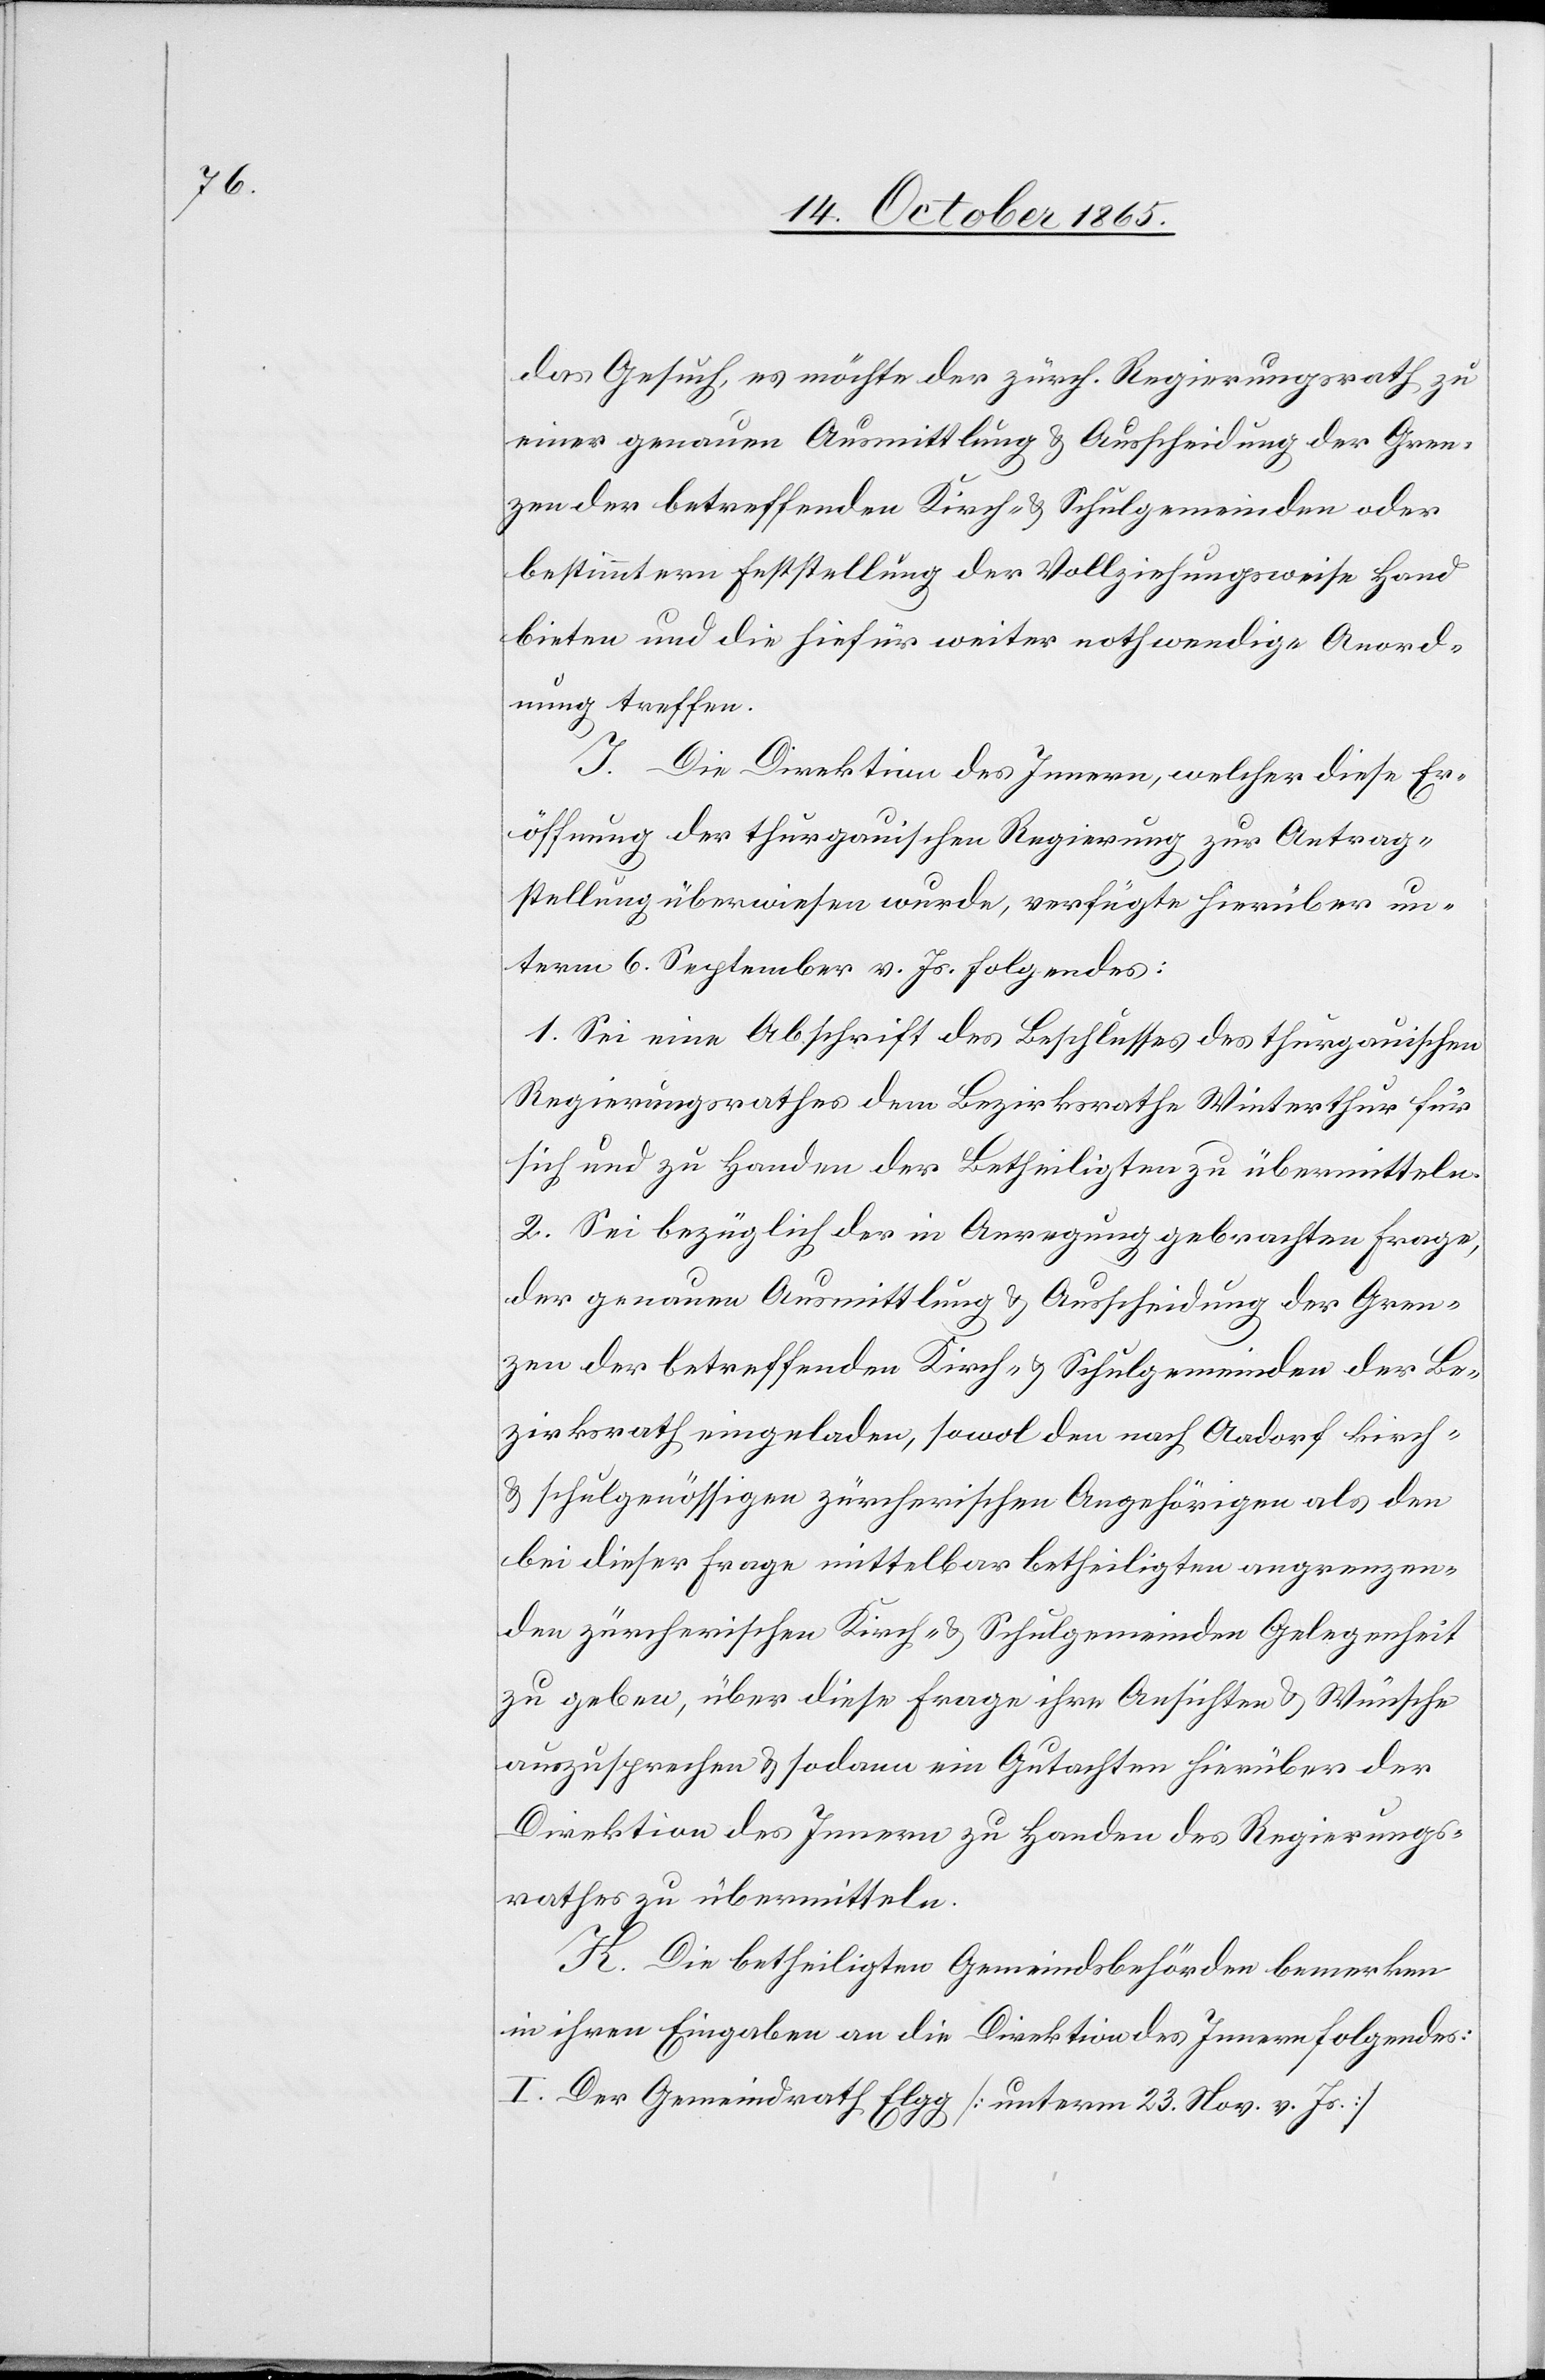
das Gesuch, es möchte der zürch. Regierungsrath zu
einer genauen Ausmittlung & Ausscheidung der Gren¬
zen der betreffenden Kirch- & Schulgemeinden oder
bestimmtern Feststellung der Vollziehungsweise Hand
bieten und die hiefür weiter nothwendige Anord¬
nung treffen.
I. Die Direktion des Innern, welcher diese Er¬
öffnung der thurgauischen Regierung zur Antrag¬
stellung überwiesen wurde, verfügte hierüber un¬
term 6. September v. Js. Folgendes:
1. Sei eine Abschrift des Beschlusses des thurgauischen
Regierungsrathes dem Bezirksrathe Winterthur für
sich und zu Handen der Betheiligten zu übermitteln.
2. Sei bezüglich der in Anregung gebrachten Frage,
der genauen Ausmittlung & Ausscheidung der Gren¬
zen der betreffenden Kirch- & Schulgemeinden der Be¬
zirksrath eingeladen, sowol den nach Aadorf kirch-
& schulgenössigen zürcherischen Angehörigen als den
bei dieser Frage mittelbar betheiligten angrenzen¬
den züricherischen Kirch- & Schulgemeinden Gelegenheit
zu geben, über diese Frage ihre Ansichten & Wünsche
auszusprechen & sodann ein Gutachten hierüber der
Direktion des Innern zu Handen des Regierungs¬
rathes zu übermitteln.
K. Die betheiligten Gemeindsbehörden bemerken
in ihren Eingaben an die Direktion des Innern Folgendes:
I. Der Gemeindrath Elgg [unterm 23. Nov. v. Js.]